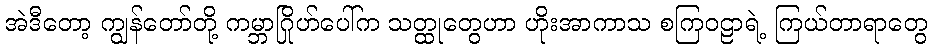
အဲဒီတော့ ကျွန်တော်တို့ ကမ္ဘာဂြိုဟ်ပေါ်က သတ္ထုတွေဟာ ဟိုးအာကာသ စကြဝဠာရဲ့ ကြယ်တာရာတွေ